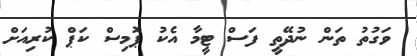
ވަގުތު ތަން ނުދޭތީ ފަސް ޓީމާ އެކު ޕޮމިސް ކަޕް ކުރިއަށް